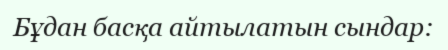
Бұдан басқа айтылатын сындар: